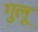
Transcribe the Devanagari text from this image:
गुलू